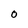
Character: 0